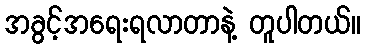
အခွင့်အရေးရလာတာနဲ့ တူပါတယ်။